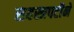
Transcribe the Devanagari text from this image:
सहस्त्रपटीने